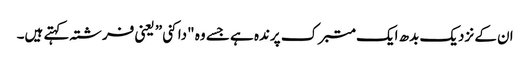
ان کے نزدیک بدھ ایک متبرک پرندہ ہے جسے وہ "داکنی” یعنی فرشتہ کہتے ہیں۔